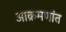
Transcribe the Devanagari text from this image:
आक्रमणांत